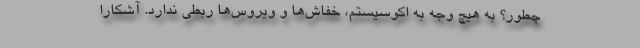
چطور؟ به هیچ وجه به اکوسیستم، خفاش‌ها و ویروس‌ها ربطی ندارد. آشکارا